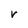
Character: V